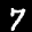
Label: 7